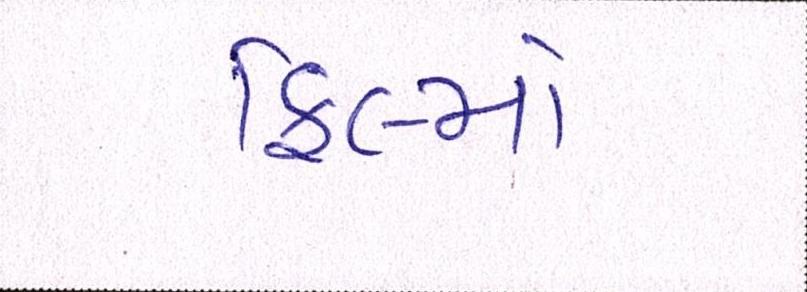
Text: ફિલ્મો